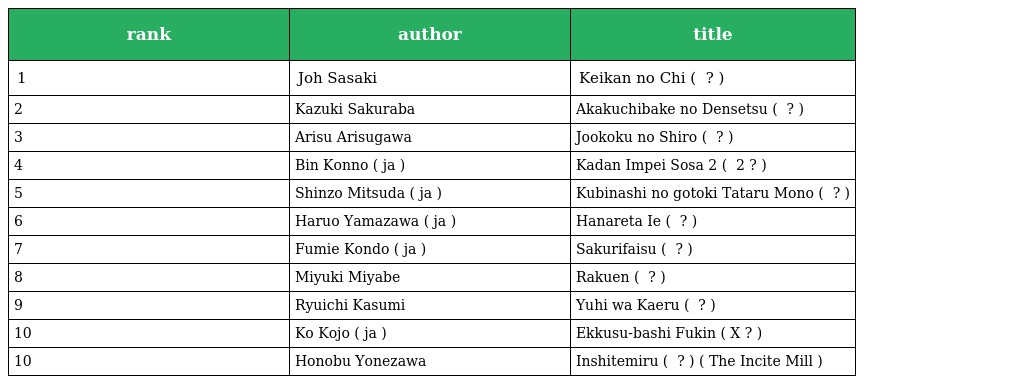
| rank | author | title |
 | --- | --- | --- |
 | 1 | Joh Sasaki | Keikan no Chi ( 警官の血 ? ) |
 | 2 | Kazuki Sakuraba | Akakuchibake no Densetsu ( 赤朽葉家の伝説 ? ) |
 | 3 | Arisu Arisugawa | Jookoku no Shiro ( 女王国の城 ? ) |
 | 4 | Bin Konno ( ja ) | Kadan Impei Sosa 2 ( 果断 隠蔽捜査2 ? ) |
 | 5 | Shinzo Mitsuda ( ja ) | Kubinashi no gotoki Tataru Mono ( 首無の如き祟るもの ? ) |
 | 6 | Haruo Yamazawa ( ja ) | Hanareta Ie ( 離れた家 ? ) |
 | 7 | Fumie Kondo ( ja ) | Sakurifaisu ( サクリファイス ? ) |
 | 8 | Miyuki Miyabe | Rakuen ( 楽園 ? ) |
 | 9 | Ryuichi Kasumi | Yuhi wa Kaeru ( 夕陽はかえる ? ) |
 | 10 | Ko Kojo ( ja ) | Ekkusu-bashi Fukin ( X橋付近 ? ) |
 | 10 | Honobu Yonezawa | Inshitemiru ( インシテミル ? ) ( The Incite Mill ) |